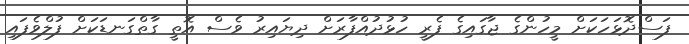
ފަސްދޮޅަހަކަށް މީހުންގެ ޖާގައިގެ ފެރީ ހުޅުދުއްފާރަށް ދިޔައިރު ވެސް އޮތީ ގާތްގަނޑަކަށް ފުލްވެފައި